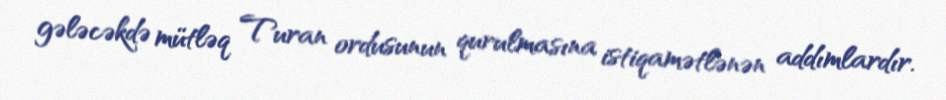
gələcəkdə mütləq Turan ordusunun qurulmasına istiqamətlənən addımlardır.